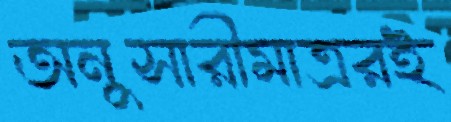
অনুসারীমাত্ররই